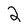
Character: 2